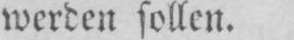
werden sollen.